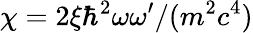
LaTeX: \chi=2\xi\hbar^{2}\omega\omega^{\prime}/(m^{2}c^{4})